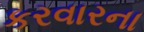
કરવારના